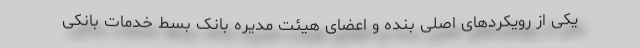
یکی از رویکردهای اصلی بنده و اعضای هیئت مدیره بانک بسط خدمات بانکی